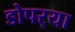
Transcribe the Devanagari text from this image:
डोपर्‍या